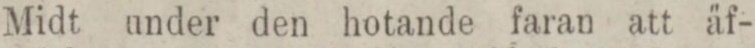
Midt under den hotande faran att äf-